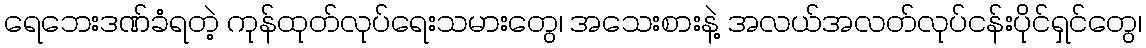
ရေဘေးဒဏ်ခံရတဲ့ ကုန်ထုတ်လုပ်ရေးသမားတွေ၊ အသေးစားနဲ့ အလယ်အလတ်လုပ်ငန်းပိုင်ရှင်တွေ၊